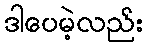
ဒါပေမဲ့လည်း